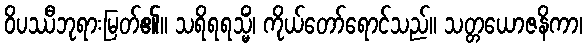
ဝိပဿီဘုရားမြတ်၏။ သရိရရသ္မိံ၊ ကိုယ်တော်ရောင်သည်။ သတ္တယောဇနိကာ၊